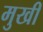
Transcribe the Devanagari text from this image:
मुखीं